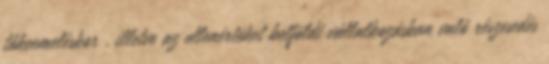
tőkeemeléskor , illetve az ellenértéket belföldi vállalkozásban való részesedés